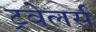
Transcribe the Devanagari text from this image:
ट्रवेलर्स